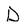
Character: D